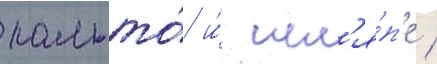
пальто́ и́ шл'я́п'е /